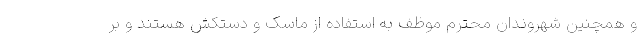
و همچنین شهروندان محترم موظف به استفاده از ماسک و دستکش هستند و بر